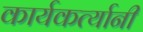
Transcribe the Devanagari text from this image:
कार्यकर्त्‍यानी